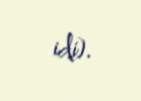
idi).